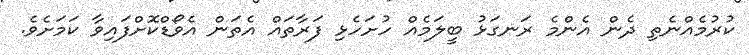
ކުރުމެއްނެތި ދެން އެންމެ ރަނގަޅު ބީލަމެއް ހުށަހެޅި ފަރާތައް އެތަން އެވޯޑްކޮށްފައިވާ ކަމަށެވެ.